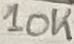
Text: 10K